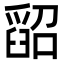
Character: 𦦌